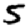
Digit: 5